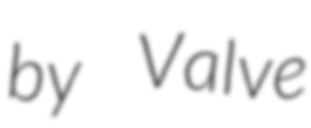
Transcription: by Valve